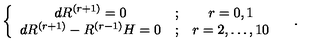
\left\{ \begin{array} { c c c } { d R ^ { \left( r + 1 \right) } = 0 } & { ; } & { r = 0 , 1 } \\ { d R ^ { \left( r + 1 \right) } - R ^ { \left( r - 1 \right) } H = 0 } & { ; } & { r = 2 , \ldots , 1 0 } \\ \end{array} \right. \quad .